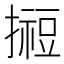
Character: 𢵊